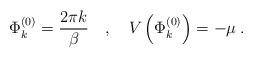
LaTeX: \begin{align*}\Phi ^{(0)}_{k}=\frac{2\pi k}{\beta }\quad ,\quad V\left( \Phi ^{(0)}_{k}\right) =-\mu \: .\end{align*}